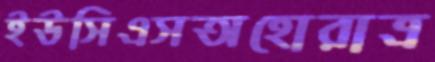
ইউসিএসঅহোরাত্র